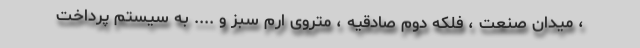
، میدان صنعت ، فلکه دوم صادقیه ، متروی ارم سبز و .... به سیستم پرداخت